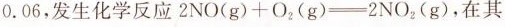
0.06，发生化学反应$$2NO(g)+O_{2}(g)=2NO_{2}{(g)$$，在其